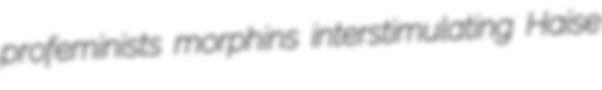
profeminists morphins interstimulating Haise